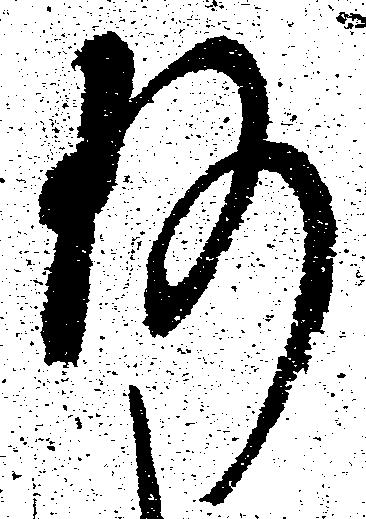
何